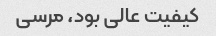
کیفیت عالی بود، مرسی